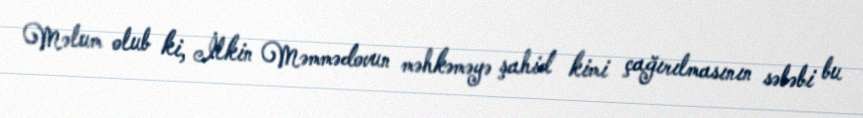
Məlum olub ki, İlkin Məmmədovun məhkəməyə şahid kimi çağırılmasının səbəbi bu